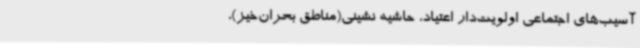
آسیب‌های اجتماعی اولویت‌دار اعتیاد، حاشیه نشینی(مناطق بحران‌خیز)،